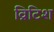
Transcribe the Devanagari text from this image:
व्रिटिश